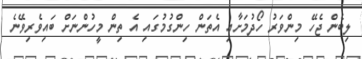
ލިބެން ޖެހޭ މިންވަރު ހޯދުމަށާއި އެތަން ހިންގުމުގައި އެ ތިން މީހުންނަށް ބައިވެރިވޭނެ